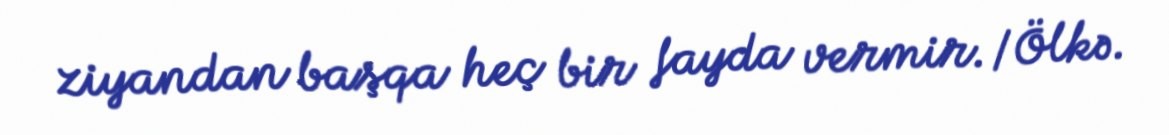
ziyandan başqa heç bir fayda vermir./Ölkə.